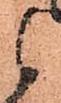
候